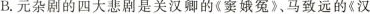
B.元杂剧的四大悲剧是关汉卿的《窦娥冤》、马致远的《汉